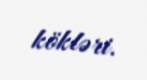
kökləri.